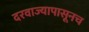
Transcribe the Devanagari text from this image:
दरवाज्यापासूनच